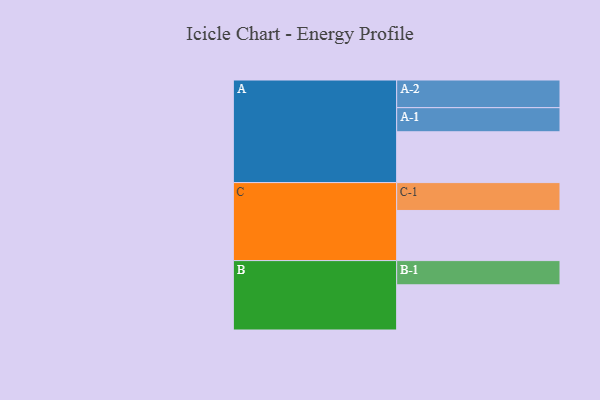
{"axis": {"x": "Segment", "y": "Value"}, "legend": ["", "A", "B", "C"], "data": [{"x": "A", "y": 531, "type": ""}, {"x": "B", "y": 472, "type": ""}, {"x": "C", "y": 524, "type": ""}, {"x": "A-1", "y": 252, "type": "A"}, {"x": "A-2", "y": 289, "type": "A"}, {"x": "B-1", "y": 253, "type": "B"}, {"x": "C-1", "y": 291, "type": "C"}]}